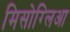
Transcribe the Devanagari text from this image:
मिसोग्लिआ